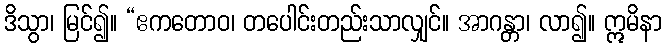
ဒိသွာ၊ မြင်၍။ “ဧကတောဝ၊ တပေါင်းတည်းသာလျှင်။ အာဂန္တာ၊ လာ၍။ ဣမိနာ